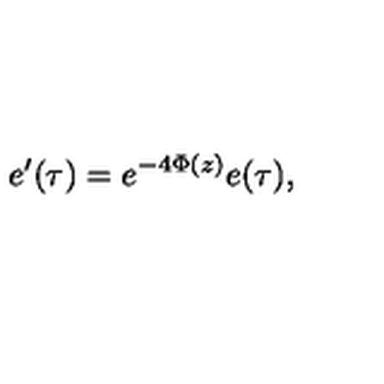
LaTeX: e ^ { \prime } ( \tau ) = e ^ { - 4 \Phi ( z ) } e ( \tau ) ,